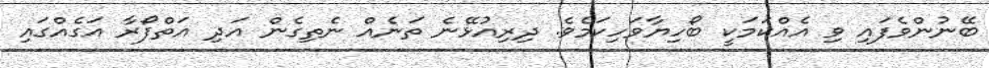
ބޭނުންވެފައި ވި އެއްކަމަކީ ބޯހިޔާވަހިކަމެވެ. ދިރިއުޅޭނެ ތަނެއް ނެތިގެން އަދި އަތްފޯރާ އަގެއްގައި